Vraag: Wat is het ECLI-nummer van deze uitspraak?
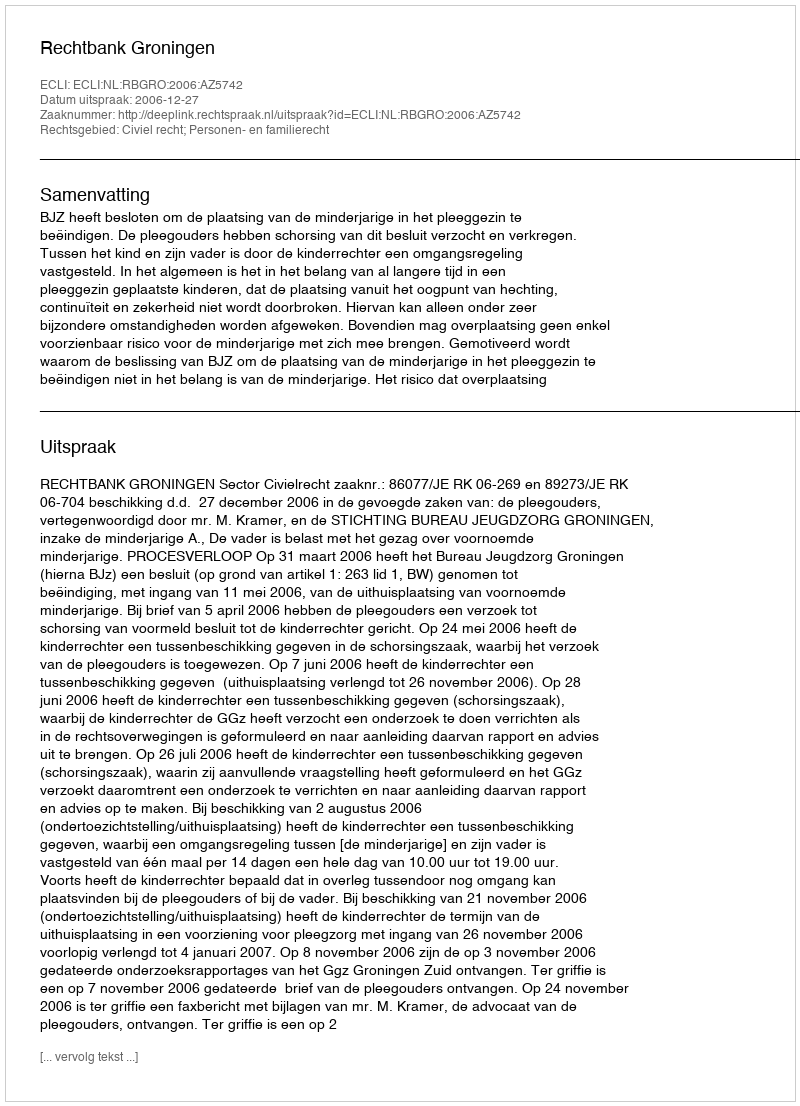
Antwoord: ECLI:NL:RBGRO:2006:AZ5742